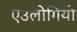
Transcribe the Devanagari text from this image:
एउलोगियो